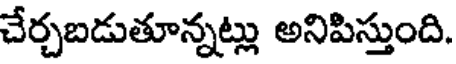
చేర్చబడుతూన్నట్లు అనిపిస్తుంది.